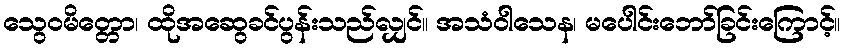
သွေဝမိတ္တော၊ ထိုအဆွေခင်ပွန်းသည်လျှင်။ အသံဝါသေန၊ မပေါင်းဘော်ခြင်းကြောင့်။